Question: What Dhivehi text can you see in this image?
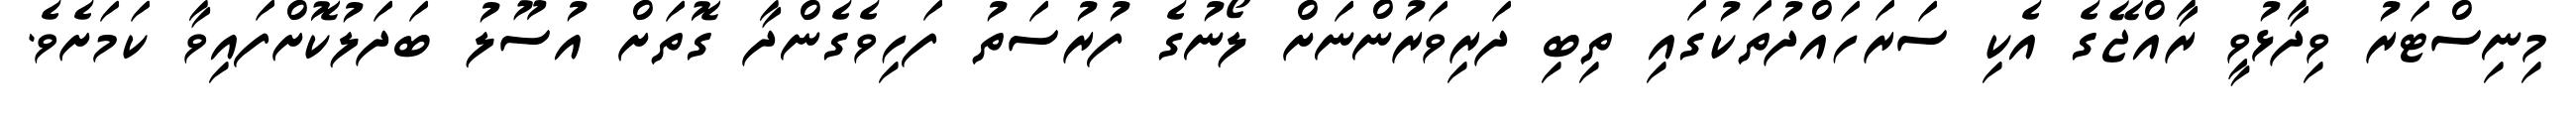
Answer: މިނިސްޓަރު ވިދާޅުވީ ރާއްޖޭގެ އެކި ސަރަހައްދުތަކުގައި ތިބި ދަރިވަރުންނަށް ލޯނުގެ ފުރުސަތު ފަހިވެގެންދާ ގޮތަށް އުސޫލު ބަދަލުކޮށްފައިވާ ކަމަށެވެ.